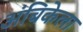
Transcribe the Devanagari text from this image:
अंबिकेला